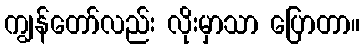
ကျွန်တော်လည်း လိုးမှာသာ ပြောတာ။